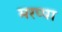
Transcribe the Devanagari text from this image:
मरप्पा